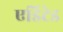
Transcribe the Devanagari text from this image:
एडिटेड